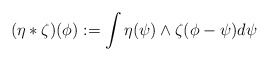
\begin{align*}(\eta * \zeta)(\phi) := \int \eta (\psi) \wedge \zeta (\phi - \psi)d \psi\end{align*}